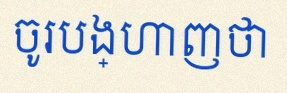
ចូរបង្ហាញថា